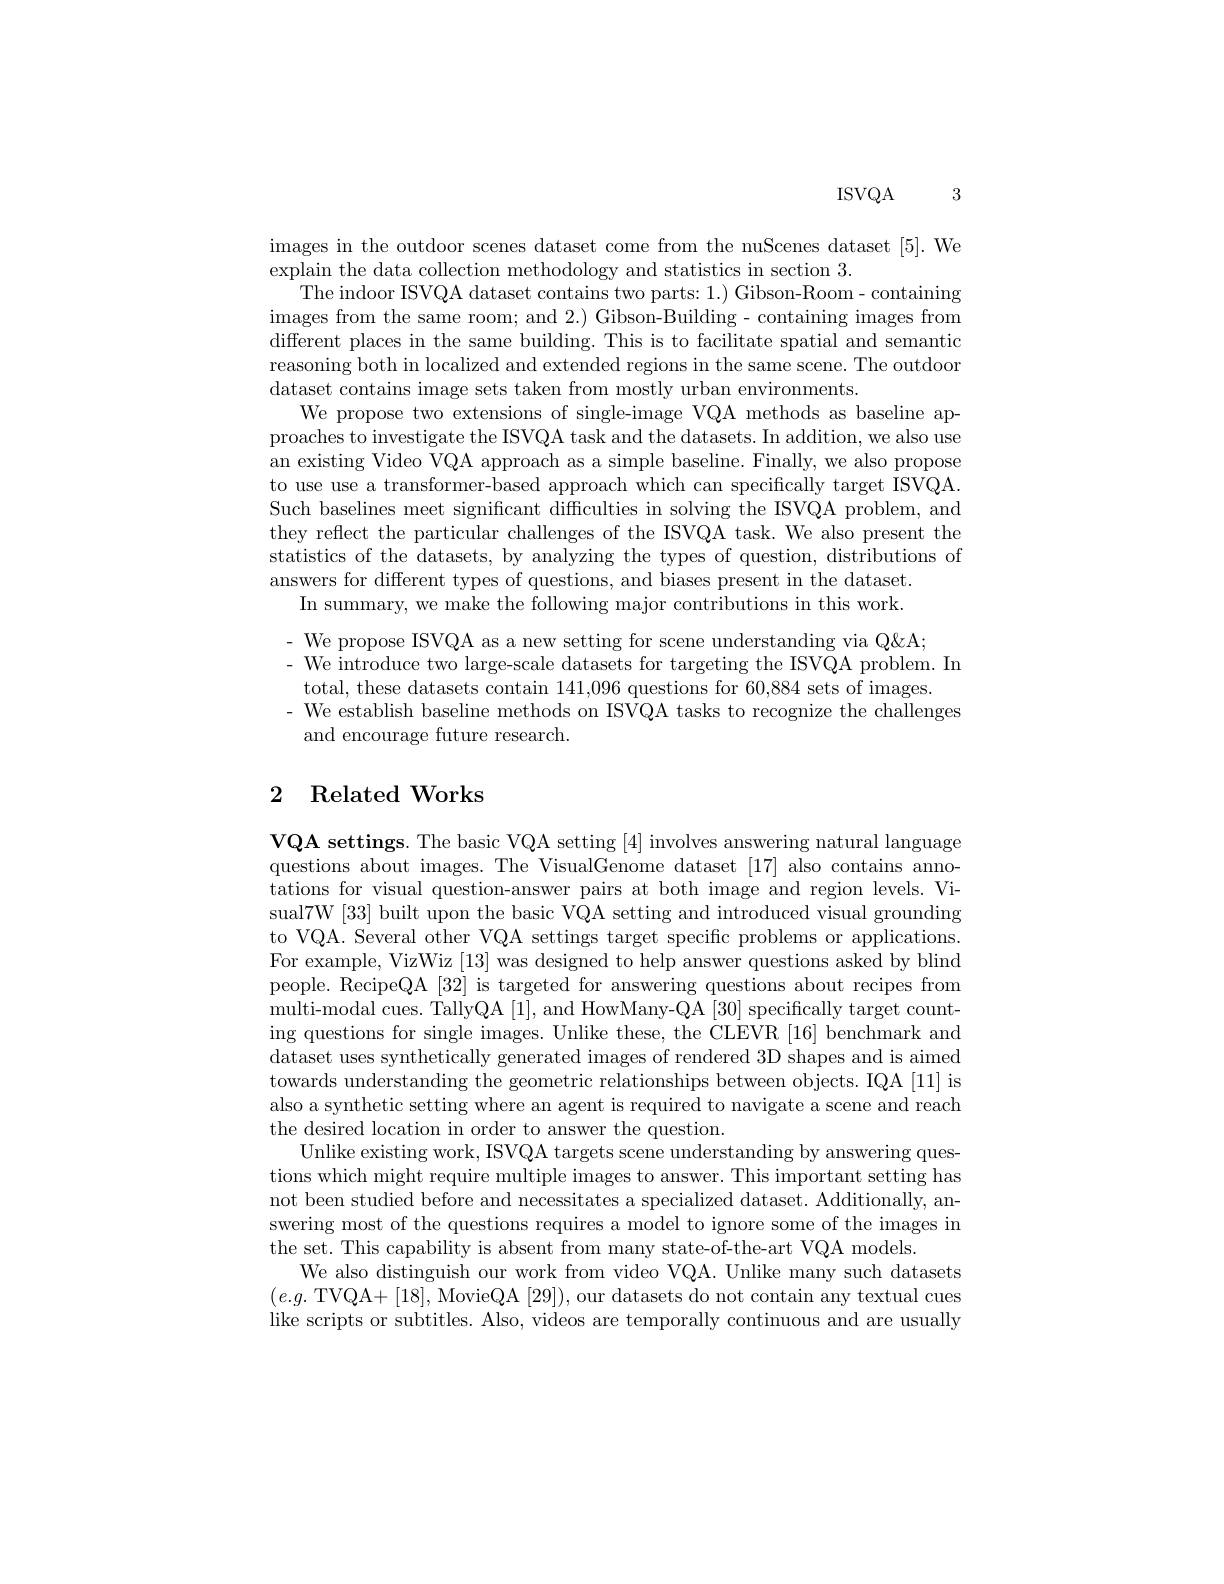
3

ISVQA

images in the outdoor scenes dataset come from the nuScenes dataset [5]. We
explain the data collection methodology and statistics in section 3.
The indoor ISVQA dataset contains two parts: 1.) Gibson-Room- containing images from the same room; and 2.) Gibson-Building- containing images from different places in the same building. This is to facilitate spatial and semantic reasoning both in localized and extended regions in the same scene. The outdoor dataset contains image sets taken from mostly urban environments.
We propose two extensions of single-image VQA methods as baseline approaches to investigate the ISVQA task and the datasets. In addition, we also use an existing Video VQA approach as a simple baseline. Finally, we also propose to use use a transformer-based approach which can specifically target ISVQA. Such baselines meet significant difficulties in solving the ISVQA problem, and they reflect the particular challenges of the ISVQA task. We also present the statistics of the datasets, by analyzing the types of question, distributions of answers for different types of questions, and biases present in the dataset.
In summary, we make the following major contributions in this work.
- We propose ISVQA as a new setting for scene understanding via Q&A;
- We introduce two large-scale datasets for targeting the ISVQA problem. In
total, these datasets contain 141,096 questions for 60,884 sets of images.
- We establish baseline methods on ISVQA tasks to recognize the challenges
and encourage future research.

## 2 Related Works

VQA settings. The basic VQA setting [4] involves answering natural language questions about images. The VisualGenome dataset [17] also contains annotations for visual question-answer pairs at both image and region levels. Visual7W [33] built upon the basic VQA setting and introduced visual grounding to VQA. Several other VQA settings target specific problems or applications. For example, VizWiz [13] was designed to help answer questions asked by blind people. RecipeQA [32] is targeted for answering questions about recipes from multi-modal cues. TallyQA [1], and HowMany-QA [30] specifically target counting questions for single images. Unlike these, the CLEVR [16] benchmark and dataset uses synthetically generated images of rendered 3D shapes and is aimed towards understanding the geometric relationships between objects. IQA [11] is also a synthetic setting where an agent is required to navigate a scene and reach the desired location in order to answer the question.
Unlike existing work, ISVQA targets scene understanding by answering questions which might require multiple images to answer. This important setting has not been studied before and necessitates a specialized dataset. Additionally, answering most of the questions requires a model to ignore some of the images in the set. This capability is absent from many state-of-the-art VQA models.
We also distinguish our work from video VQA. Unlike many such datasets $(e.g.$ TVQA+[18], MovieQA [29]), our datasets do not contain any textual cues like scripts or subtitles. Also, videos are temporally continuous and are usually